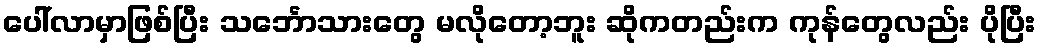
ပေါ်လာမှာဖြစ်ပြီး သင်္ဘောသားတွေ မလိုတော့ဘူး ဆိုကတည်းက ကုန်တွေလည်း ပိုပြီး